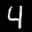
Label: 4